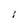
Character: 1